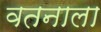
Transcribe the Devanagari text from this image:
वतनाला